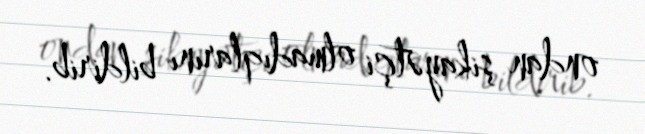
ondan şikayətçi olmadıqlarını bildirib.